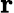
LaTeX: \boldsymbol{\mathbf{r}}